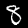
Label: 8